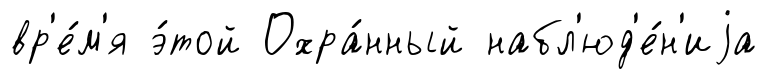
вр'е́м'я э́той Охра́нный набл'юд'е́н'иjа